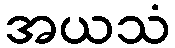
အယသံ